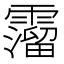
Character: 𩆎